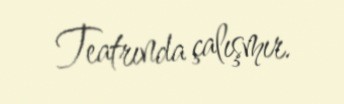
Teatrında çalışmır.